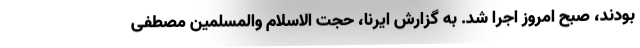
بودند، صبح امروز اجرا شد. به گزارش ایرنا، حجت الاسلام والمسلمین مصطفی